Problem: 28 + 33 = ?
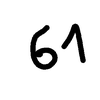
Handwritten answer: 61